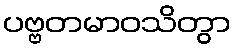
ပဗ္ဗတမာဝသိတွာ